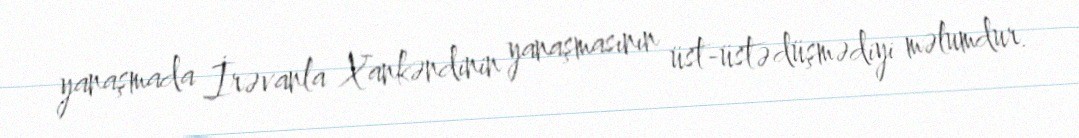
yanaşmada İrəvanla Xankəndinin yanaşmasının üst-üstə düşmədiyi məlumdur.